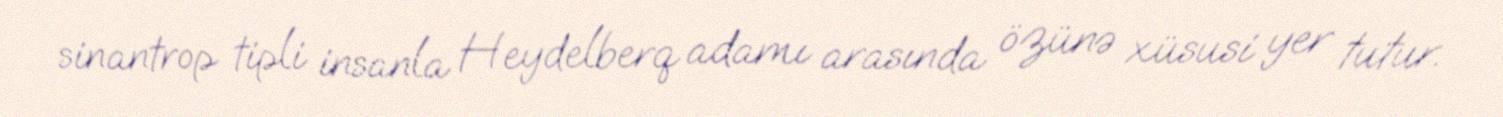
sinantrop tipli insanla Heydelberq adamı arasında özünə xüsusi yer tutur.